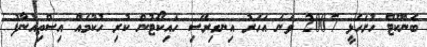
ބެންކޫޓް ހުށަހެޅީ 2007 ވަނަ އަހަރު އިނގިރޭސި ހައިކޯޓުން ކުރި ހުކުމެއް އިސްތިއުނާފު